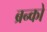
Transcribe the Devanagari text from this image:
ब्रन्को